Report of the Indian Hemp Drugs Commission, 1894-1895 - Volume I
Year: 1894
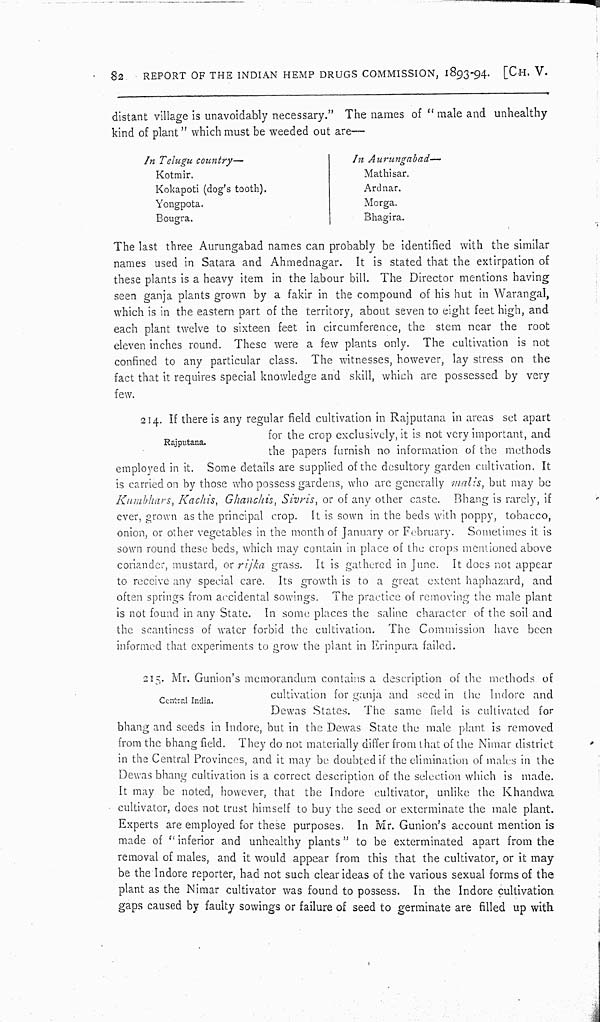
82
REPORT OF THE INDIAN HEMP DRUGS COMMISSION, 1893-94. [CH. V.
distant village is unavoidably necessary." The names of "male and unhealthy
kind of plant" which must be weeded out are-
In Telugu country—
In Aurungabad—
Kotmir.
Mathisar.
Kokapoti (dog's tooth).
Ardnar.
Yongpota.
Morga.
Bougra.
Bhagira.
The last three Aurungabad names can probably be identified with the similar
names used in Satara and Ahmednagar. It is stated that the extirpation of
these plants is a heavy item in the labour bill. The Director mentions having
seen ganja plants grown by a fakir in the compound of his hut in Warangal,
which is in the eastern part of the territory, about seven to eight feet high, and
each plant twelve to sixteen feet in circumference, the stem near the root
eleven inches round. These were a few plants only. The cultivation is not
confined to any particular class. The witnesses, however, lay stress on the
fact that it requires special knowledge and skill, which are possessed by very
few.
Rajputana.
214. If there is any regular field cultivation in Rajputana in areas set apart
for the crop exclusively, it is not very important, and
the papers furnish no information of the methods
employed in it. Some details are supplied of the desultory garden cultivation. It
is carried on by those who possess gardens, who are generally malis, but may be
Kumbhars, Kachis, Ghanchis, Sivris, or of any other caste. Bhang is rarely, if
ever, grown as the principal crop. It is sown in the beds with poppy, tobacco,
onion, or other vegetables in the month of January or February. Sometimes it is
sown round these beds, which may contain in place of the crops mentioned above
coriander, mustard, or rijka grass. It is gathered in June. It does not appear
to receive any special care. Its growth is to a great extent haphazard, and
often springs from accidental sowings. The practice of removing the male plant
is not found in any State. In some places the saline character of the soil and
the scantiness of water forbid the cultivation. The Commission have been
informed that experiments to grow the plant in Erinpura failed.
Central India.
215. Mr. Gunion's memorandum contains a description of the methods of
cultivation for ganja and seed in the Indore and
Dewas States. The same field is cultivated for
bhang and seeds in Indore, but in the Dewas State the male plant is removed
from the bhang field. They do not materially differ from that of the Nimar district
in the Central Provinces, and it may be doubted if the elimination of males in the
Dewas bhang cultivation is a correct description of the selection which is made.
It may be noted, however, that the Indore cultivator, unlike the Khandwa
cultivator, does not trust himself to buy the seed or exterminate the male plant.
Experts are employed for these purposes. In Mr. Gunion's account mention is
made of "inferior and unhealthy plants" to be exterminated apart from the
removal of males, and it would appear from this that the cultivator, or it may
be the Indore reporter, had not such clear ideas of the various sexual forms of the
plant as the Nimar cultivator was found to possess. In the Indore cultivation
gaps caused by faulty sowings or failure of seed to germinate are filled up with